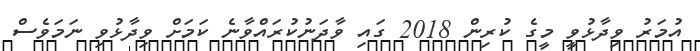
އުމަރު ވިދާޅުވީ މީގެ ކުރިން 2018 ގައި ވާދަނުކުރައްވާނެ ކަމަށް ވިދާޅުވި ނަމަވެސް